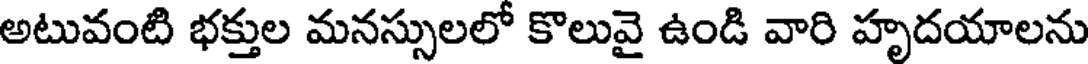
అటువంటి భక్తుల మనస్సులలో కొలువై ఉండి వారి హృదయాలను